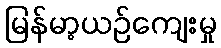
မြန်မာ့ယဉ်ကျေးမှု